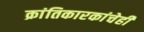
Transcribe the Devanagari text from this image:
क्रांतिकारकांचेही